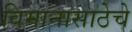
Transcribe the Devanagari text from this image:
विमानासाठेचे